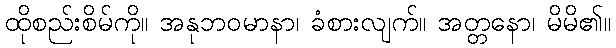
ထိုစည်းစိမ်ကို။ အနုဘဝမာနာ၊ ခံစားလျက်။ အတ္တနော၊ မိမိ၏။